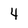
Character: 4